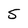
Character: 5